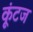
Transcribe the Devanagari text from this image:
कूंटज